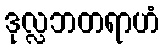
ဒုလ္လဘတရာဟံ